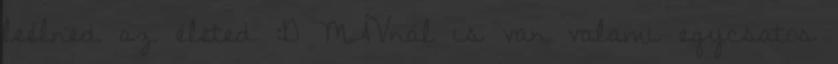
leélned az életed :D MÁVnál is van valami egycsatos